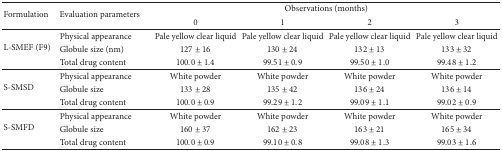
<table><thead><tr><td rowspan="2"><b>Formulation</b></td><td rowspan="2"><b>Evaluation parameters</b></td><td colspan="4"><b>Observations (months)</b></td></tr><tr><td><b>0</b></td><td><b>1</b></td><td><b>2</b></td><td><b>3</b></td></tr></thead><tbody><tr><td rowspan="3">L-SMEF (F9)</td><td>Physical appearance</td><td>Pale yellow clear liquid </td><td>Pale yellow clear liquid</td><td>Pale yellow clear liquid</td><td>Pale yellow clear liquid</td></tr><tr><td>Globule size (nm)</td><td>127 ± 16</td><td>130 ± 24</td><td>132 ± 13</td><td>133 ± 32</td></tr><tr><td>Total drug content</td><td>100.0 ± 1.4</td><td>99.51 ± 0.9</td><td>99.50 ± 1.0</td><td>99.48 ± 1.2</td></tr><tr><td rowspan="3">S-SMSD</td><td>Physical appearance</td><td>White powder</td><td>White powder</td><td>White powder</td><td>White powder</td></tr><tr><td>Globule size</td><td>133 ± 28</td><td>135 ± 42</td><td>136 ± 24</td><td>136 ± 14</td></tr><tr><td>Total drug content</td><td>100.0 ± 0.9</td><td>99.29 ± 1.2</td><td>99.09 ± 1.1</td><td>99.02 ± 0.9</td></tr><tr><td rowspan="3">S-SMFD</td><td>Physical appearance</td><td>White powder</td><td>White powder</td><td>White powder</td><td>White powder</td></tr><tr><td>Globule size</td><td>160 ± 37</td><td>162 ± 23</td><td>163 ± 21</td><td>165 ± 34</td></tr><tr><td>Total drug content</td><td>100.0 ± 0.9</td><td>99.10 ± 0.8</td><td>99.08 ± 1.3</td><td>99.03 ± 1.6</td></tr></tbody></table>